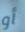
أو